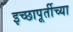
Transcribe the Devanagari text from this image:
इच्छापूर्तीच्या